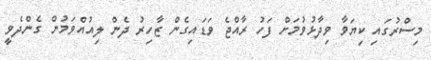
މިސްރުގައި ކިޔަވާ ވިދާޅުވުމަށް ފަހު ރާއްޖެ ވަޑައިގެން ޒާހިރު ދެން ލިއުއްވަމުން ގެންދެވީ